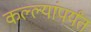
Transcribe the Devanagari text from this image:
कल्ल्यांपर्यंत